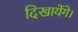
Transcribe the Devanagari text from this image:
दिखायेंगे।